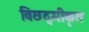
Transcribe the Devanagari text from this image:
विछद्मीकृत